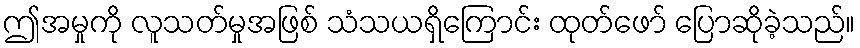
ဤအမှုကို လူသတ်မှုအဖြစ် သံသယရှိကြောင်း ထုတ်ဖော် ပြောဆိုခဲ့သည်။